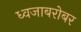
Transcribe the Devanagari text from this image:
ध्वजाबरोबर